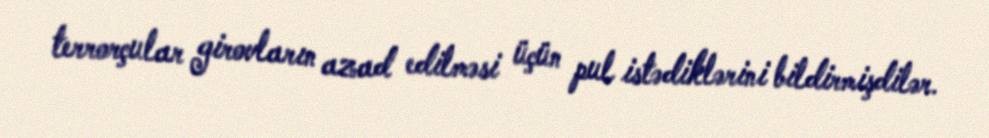
terrorçular girovların azad edilməsi üçün pul istədiklərini bildirmişdilər.